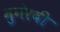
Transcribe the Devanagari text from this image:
मुनेरबी